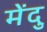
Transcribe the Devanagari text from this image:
मेंदु